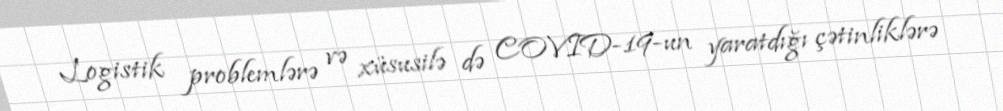
Logistik problemlərə və xüsusilə də COVID-19-un yaratdığı çətinliklərə